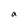
Character: a